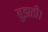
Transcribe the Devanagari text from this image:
बुझती।